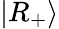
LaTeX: |R_{+}\rangle